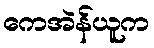
ကေအဲန်ယူက